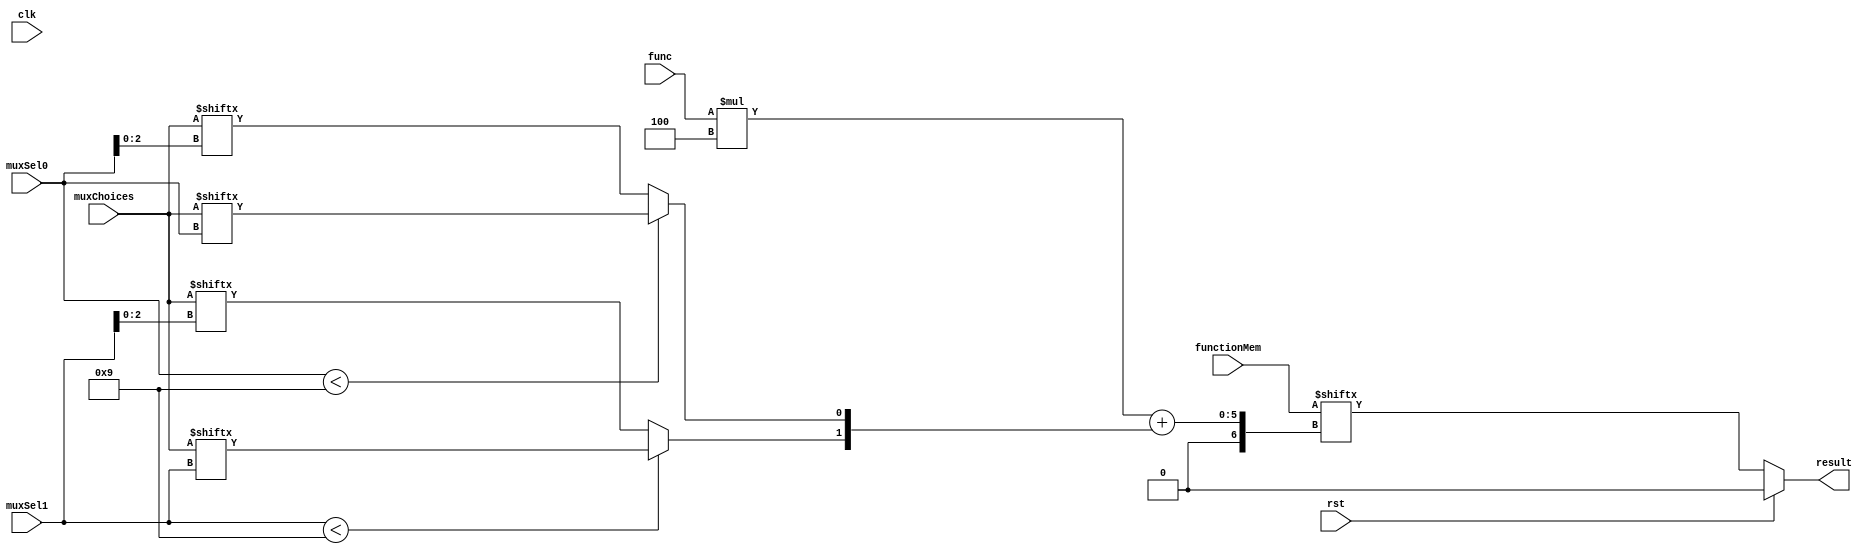
`timescale 1ns/1ns
module oneBitBlock(clk,rst,muxChoices,muxSel0,muxSel1,func,functionMem,result);

	/*
		in this function the inputs of the nodes have been selected. 

	*/
  parameter choicesBit = 9;
  parameter selBit = 4;
  parameter funcBit = 2;
  parameter funcCount=4;
  parameter funcResultBit = 4;

	  
  input clk,rst;
  input [choicesBit-1:0] muxChoices;
  input [selBit-1:0] muxSel0,muxSel1;
  input [funcBit-1:0] func;
  input [funcCount*funcResultBit-1:0]functionMem;
  output result;
  
  wire [1:0]in;
  wire funcResult;
	
  assign result = (rst) ? 1'b0:functionMem[func*funcResultBit+in]; 
  assign in[0] = (muxSel0<choicesBit) ? muxChoices[muxSel0]:muxChoices[muxSel0[selBit-2:0]] ;
  assign in[1] = (muxSel1<choicesBit) ? muxChoices[muxSel1]:muxChoices[muxSel1[selBit-2:0]] ;


endmodule